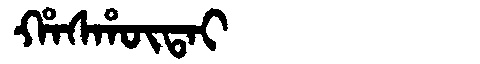
Manchu: ᡥᠠᠰᡥᡡᡨᠠᡳ
Romanization: HASHŪTAI